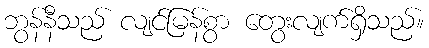
ဘွန်နီသည် လျင်မြန်စွာ တွေးလျက်ရှိသည်။